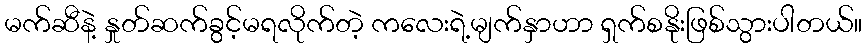
မက်ဆီနဲ့ နှုတ်ဆက်ခွင့်မရလိုက်တဲ့ ကလေးရဲ့မျက်နှာဟာ ရှက်စနိုးဖြစ်သွားပါတယ်။